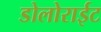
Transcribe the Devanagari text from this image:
डोलोराईट